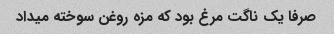
صرفا یک ناگت مرغ بود که مزه روغن سوخته میداد